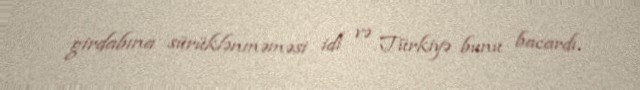
girdabına sürüklənməməsi idi və Türkiyə bunu bacardı.